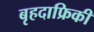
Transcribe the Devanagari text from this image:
बृहदाफ्रिकी